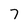
Character: 7